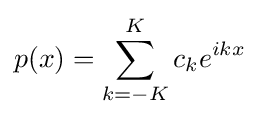
p(x)=\sum _{k=-K}^{K}c_{k}e^{ikx}